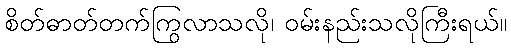
စိတ်ဓာတ်တက်ကြွလာသလို၊ ဝမ်းနည်းသလိုကြီးရယ်။